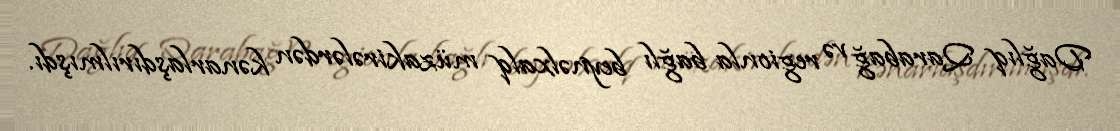
Dağlıq Qarabağ və regionla bağlı beynəlxalq müzakirələrdən kənarlaşdırılmışdı.